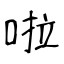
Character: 啦